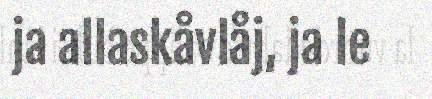
ja allaskåvlåj, ja le